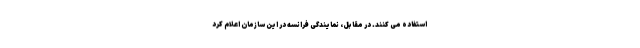
استفاده می کنند. در مقابل، نمایندگی فرانسه در این سازمان اعلام کرد